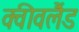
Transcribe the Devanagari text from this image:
क्वीवलैंड